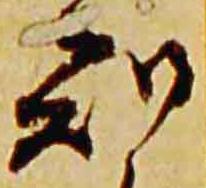
知